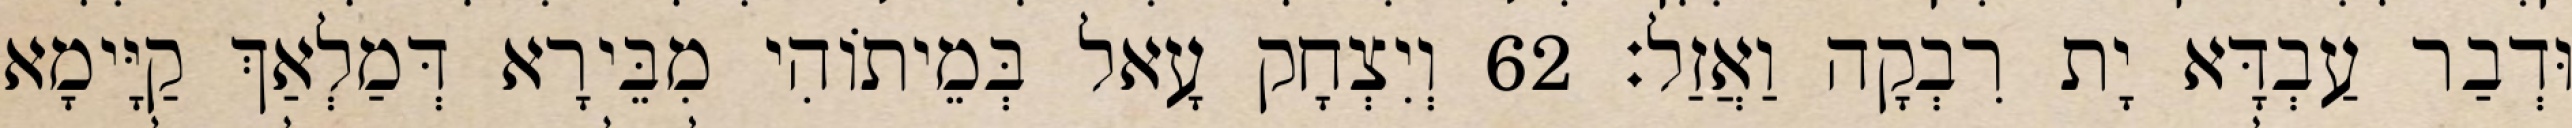
וּדְבַר עַבְדָּא יָת רִבְקָה וַאֲזַל׃ 62 וְיִצְחָק עָאל בְּמֵיתוֹהִי מִבֵּירָא דְּמַלְאַךְ קַיָּימָא